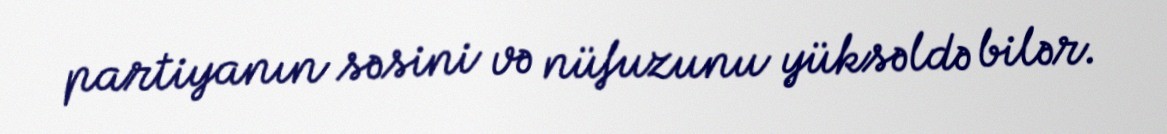
partiyanın səsini və nüfuzunu yüksəldə bilər.